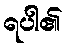
ရပါ၏